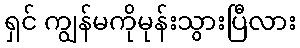
ရှင် ကျွန်မကိုမုန်းသွားပြီလား